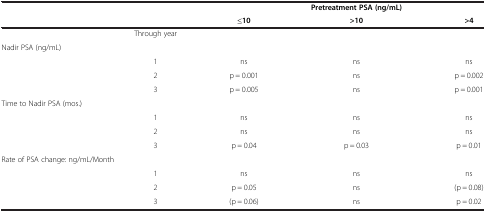
|  |  |  | Pretreatment PSA (ng/mL) |  |
 |  |  | ≤10 | >10 | >4 |
 | --- | --- | --- | --- | --- |
 |  | Through year |  |  |  |
 | Nadir PSA (ng/mL) |  |  |  |  |
 |  | 1 | ns | ns | ns |
 |  | 2 | p = 0.001 | ns | p = 0.002 |
 |  | 3 | p = 0.005 | ns | p = 0.001 |
 | Time to Nadir PSA (mos.) |  |  |  |  |
 |  | 1 | ns | ns | ns |
 |  | 2 | ns | ns | ns |
 |  | 3 | p = 0.04 | p = 0.03 | p = 0.01 |
 | <COLSPAN=2> Rate of PSA change: ng/mL/Month |  |  |  |
 |  | 1 | ns | ns | ns |
 |  | 2 | p = 0.05 | ns | (p = 0.08) |
 |  | 3 | (p = 0.06) | ns | p = 0.02 |